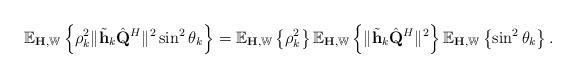
LaTeX: \begin{align*}\mathbb{E}_{\mathbf{H}, \mathbb{W}} \left \{ \rho_k^2 \|\tilde{\mathbf{h}}_k \hat{\mathbf{Q}}^H \|^2 \sin^2\theta_k\right\}& = \mathbb{E}_{\mathbf{H}, \mathbb{W}} \left \{ \rho_k^2\right\} \mathbb{E}_{\mathbf{H}, \mathbb{W}} \left \{\|\tilde{\mathbf{h}}_k \hat{\mathbf{Q}}^H \|^2 \right\}\mathbb{E}_{\mathbf{H}, \mathbb{W}} \left \{ \sin^2\theta_k\right\}.\end{align*}